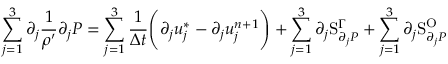
\sum _ { j = 1 } ^ { 3 } \partial _ { j } \frac { 1 } { \rho ^ { \prime } } \partial _ { j } P = \sum _ { j = 1 } ^ { 3 } \frac { 1 } { \Delta t } \Bigg ( \partial _ { j } u _ { j } ^ { * } - \partial _ { j } u _ { j } ^ { n + 1 } \Bigg ) + \sum _ { j = 1 } ^ { 3 } \partial _ { j } \mathrm { S } _ { \partial _ { j } P } ^ { \Gamma } + \sum _ { j = 1 } ^ { 3 } \partial _ { j } \mathrm { S } _ { \partial _ { j } P } ^ { \mathrm { O } }